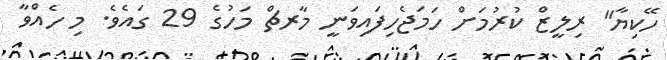
ހޭކިޔާ" ރިލީޒް ކުރުމަށް ހަމަޖެހިފައިވަނީ މާރޗް މަހުގެ 29 ގައެވެ. މި ހެއްވާ